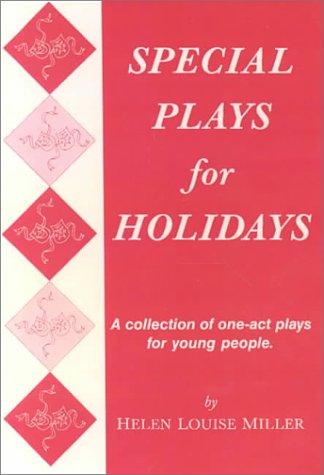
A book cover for Special Plays for Holidays; Helen Louise Miller; Literature & Fiction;